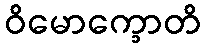
ဝိမောက္ခောတိ